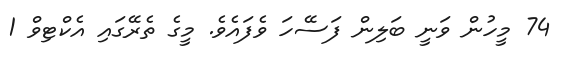
74 މީހުން ވަނީ ބަލިން ފަސޭހަ ވެފައެވެ. މީގެ ތެރޭގައި އެކްޓިވް 1